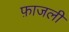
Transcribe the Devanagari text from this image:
फ़ाजली